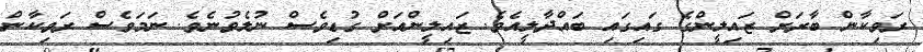
ރަވިކާން ބާރަށް ޒައިލީންގެ ގައިގައި ބައްދާލީއެވެ. ޒައިލީންއަށް ގުޑިވެސް ނުލެވުނެވެ. ނަމަވެސް ރަވިކާން